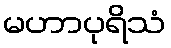
မဟာပုရိသံ